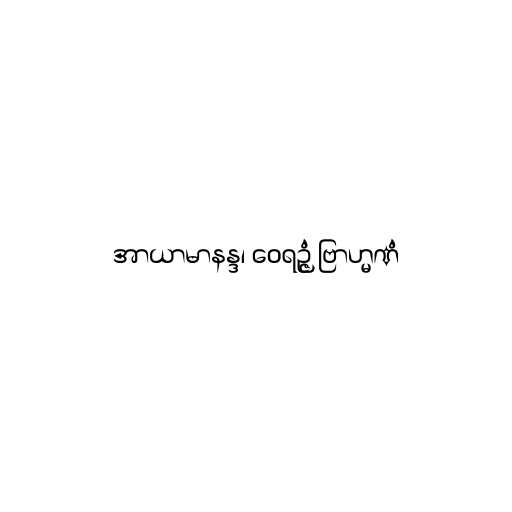
အာယာမာနန္ဒ၊ ဝေရဉ္ဇံ ဗြာဟ္မဏံ